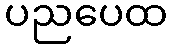
ပညပေထ